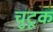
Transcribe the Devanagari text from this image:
चुटूक